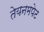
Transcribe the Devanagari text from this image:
तेयनमपेट